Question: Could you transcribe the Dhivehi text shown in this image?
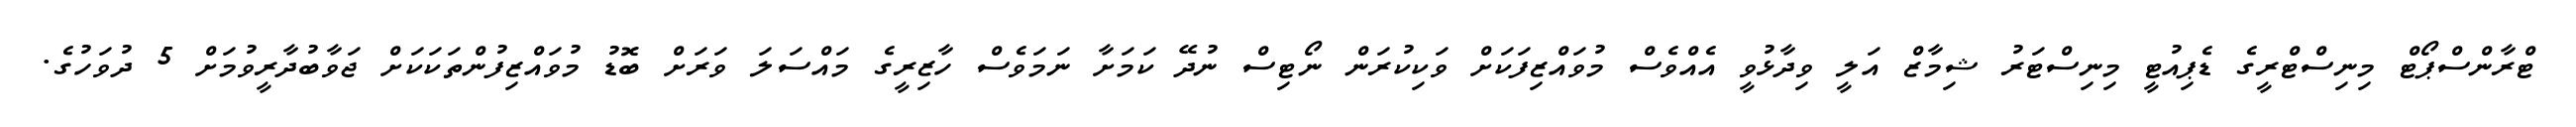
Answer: ޓްރާންސްޕޯޓް މިނިސްޓްރީގެ ޑެޕިއުޓީ މިނިސްޓަރު ޝިމާޒް އަލީ ވިދާޅުވީ އެއްވެސް މުވައްޒިފަކަށް ވަކިކުރަން ނޯޓިސް ނުދޭ ކަމަށާ ނަމަވެސް ހާޒިރީގެ މައްސަލަ ވަރަށް ބޮޑު މުވައްޒިފުންތަކަކަށް ޖަވާބުދާރީވުމަށް 5 ދުވަހުގެ.